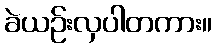
ခဲယဉ်းလှပါတကား။